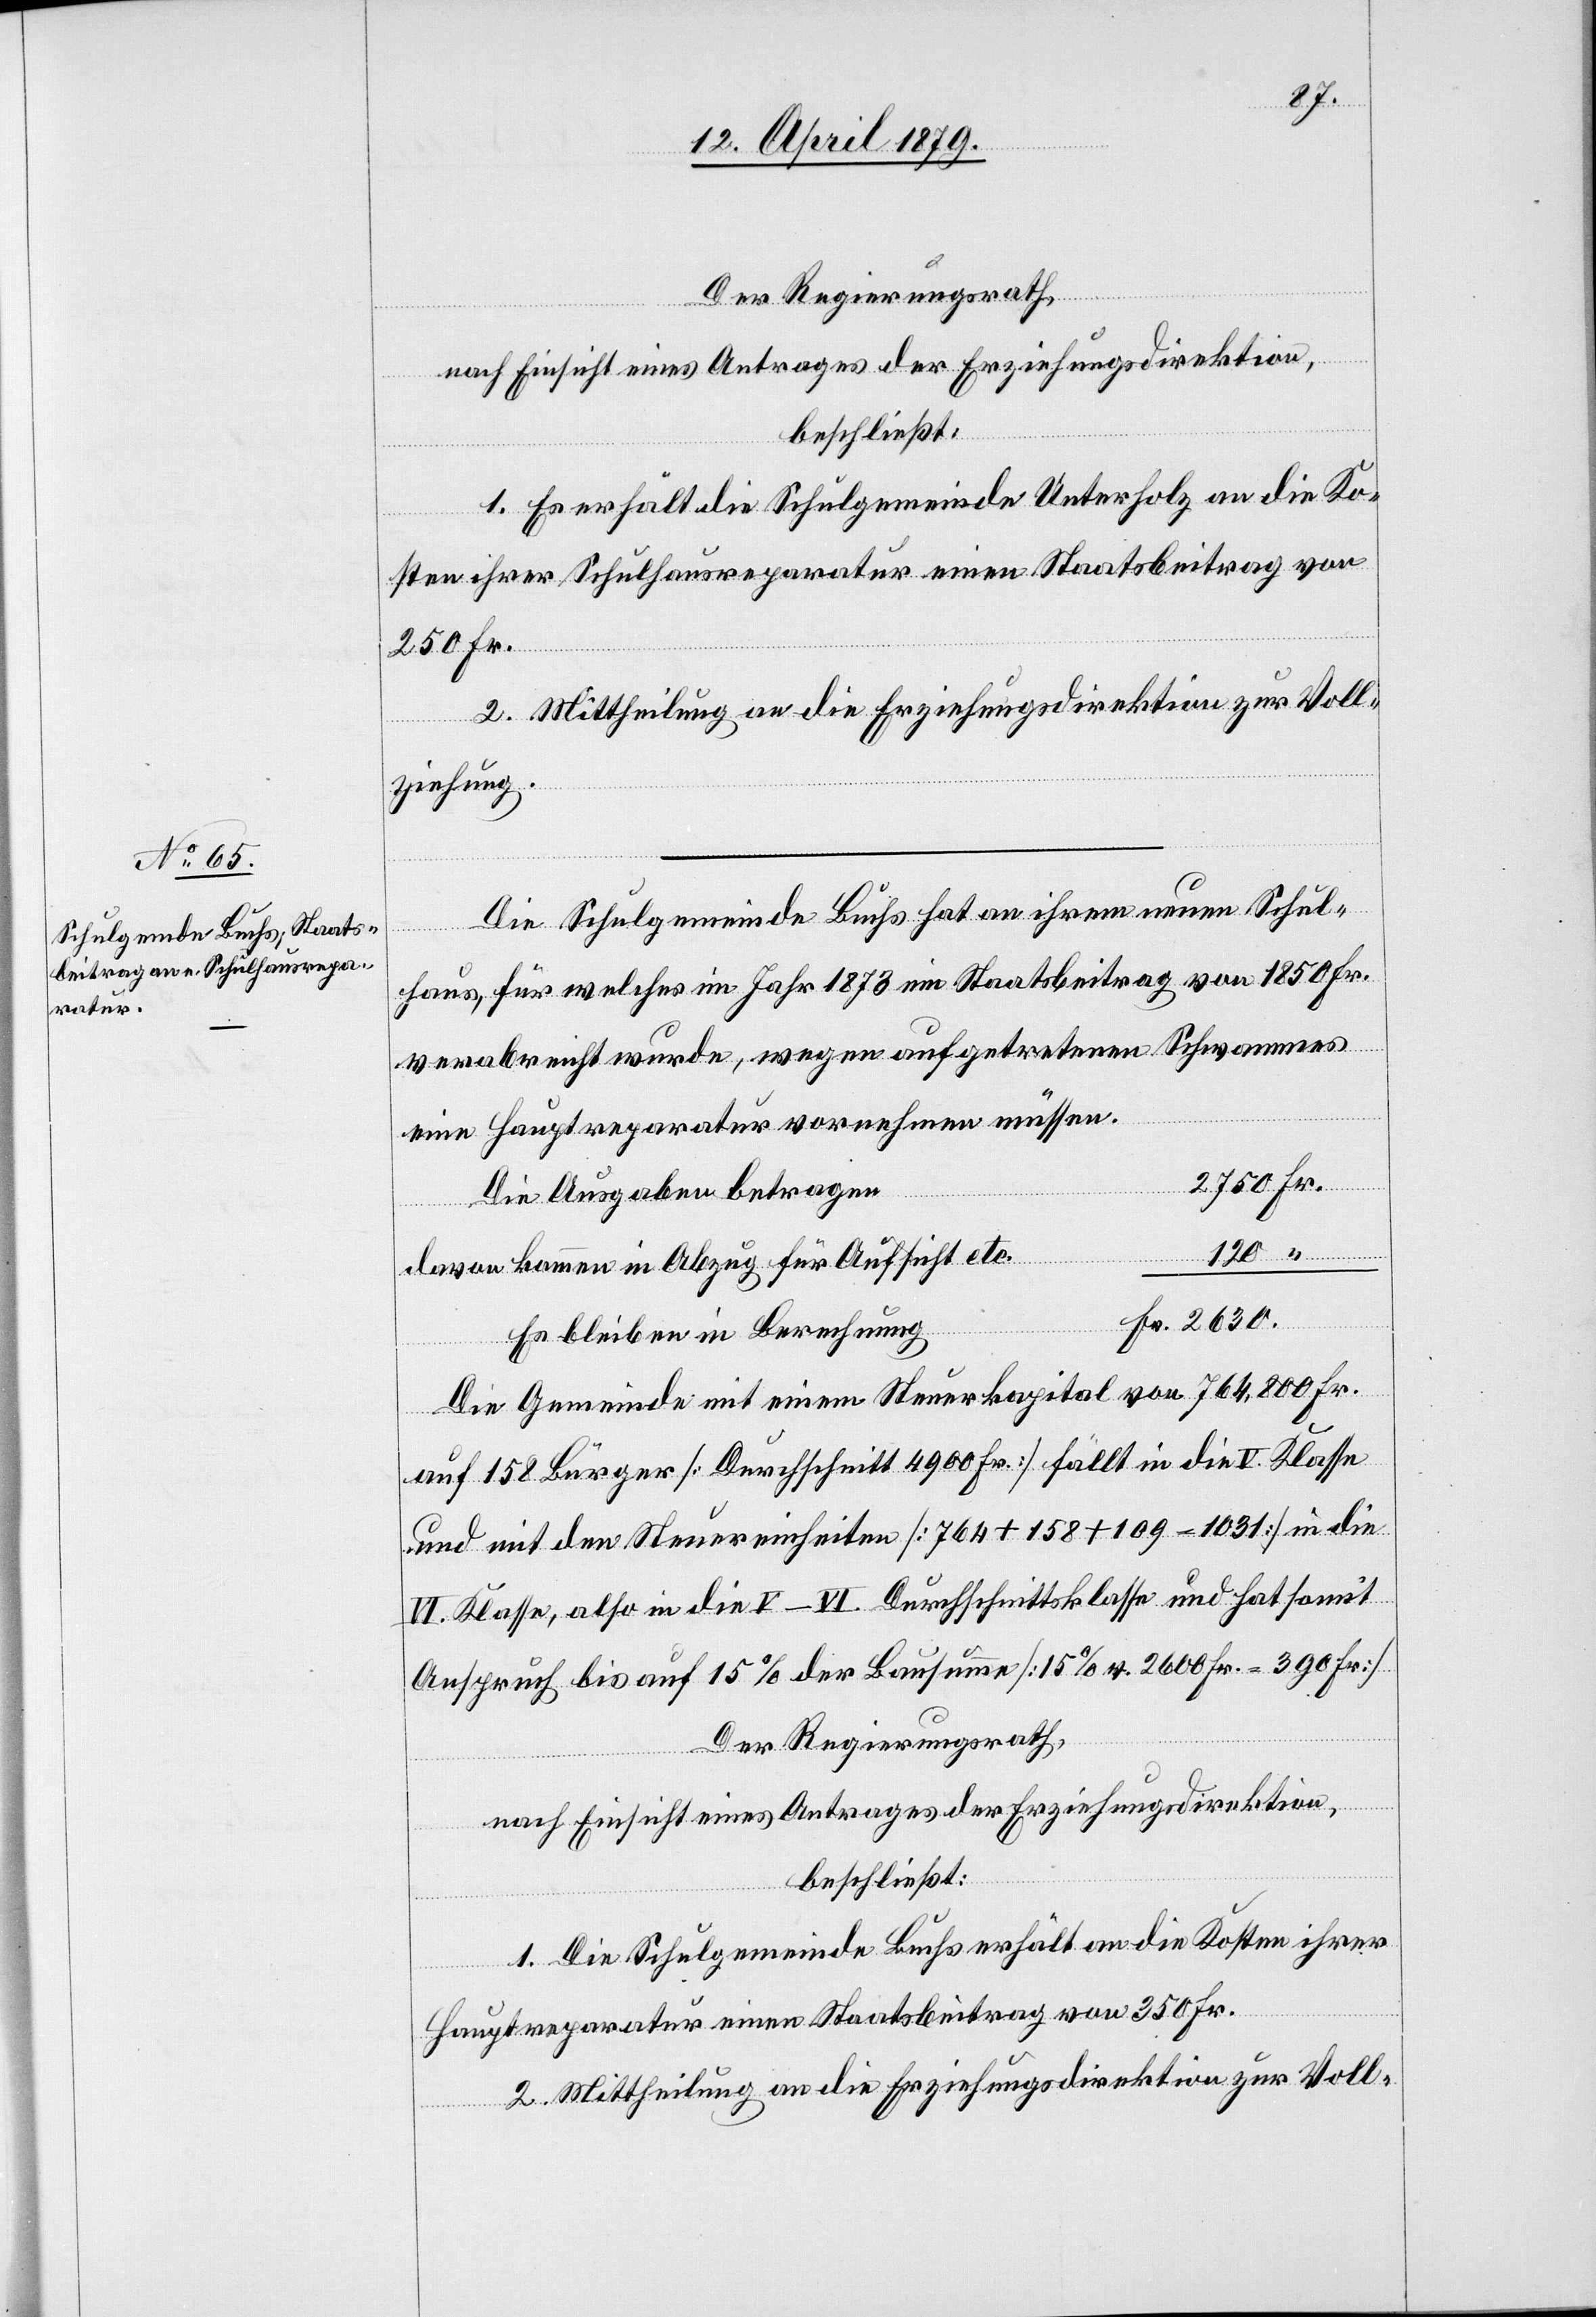
1. Es erhält die Schulgemeinde Unterholz an die Ko¬
sten ihrer Schulhausreparatur einen Staatsbeitrag von
250 Fr.
2. Mittheilung an die Erziehungsdirektion zur Voll¬
ziehung.
Die Schulgemeinde Buchs hat an ihrem neuen Schul¬
haus, für welches im Jahr 1873 ein Staatsbeitrag von 1850 Fr.
verabreicht wurde, wegen aufgetretenen Schwammes
eine Hauptreparatur vornehmen müssen.
Die Ausgaben betragen
davon kommen in Abzug für Aufsicht etc.
Es bleiben in Berechnung
Die Gemeinde mit einem Steuerkapital von 764,800 Fr.
auf 158 Bürger [Durchschnitt 4900 Fr.] fällt in die V. Klasse
und mit den Steuereinheiten [764 + 158 + 109 = 1031] in die
VI. Klasse, also in die V–VI. Durchschnittsklasse und hat somit
Anspruch bis auf 15% der Bausumme [15% v. 2600 Fr. = 390 Fr.]
Der Regierungsrath,
nach Einsicht eines Antrages der Erziehungsdirektion,
beschließt:
1. Die Schulgemeinde Buchs erhält an die Kosten ihrer
Hauptreparatur einen Staatsbeitrag von 350 Fr.
2. Mittheilung an die Erziehungsdirektion zur Voll-